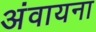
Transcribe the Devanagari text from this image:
अंवायना